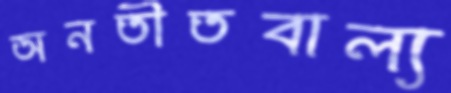
অনতীতবাল্য